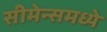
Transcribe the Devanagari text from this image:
सीमेन्समध्ये